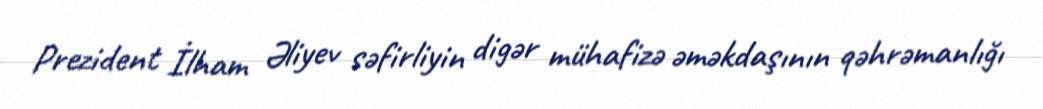
Prezident İlham Əliyev səfirliyin digər mühafizə əməkdaşının qəhrəmanlığı